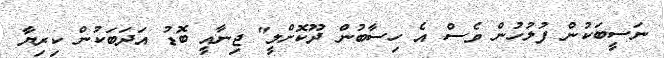
ނަސީބަކުން ފުލުހުން ވެސް އެ ހިސާބުން ދޫކޮށްލީ" ޖިނާއީ ބޮޑު އަދަބަކުން ކިރިޔާ